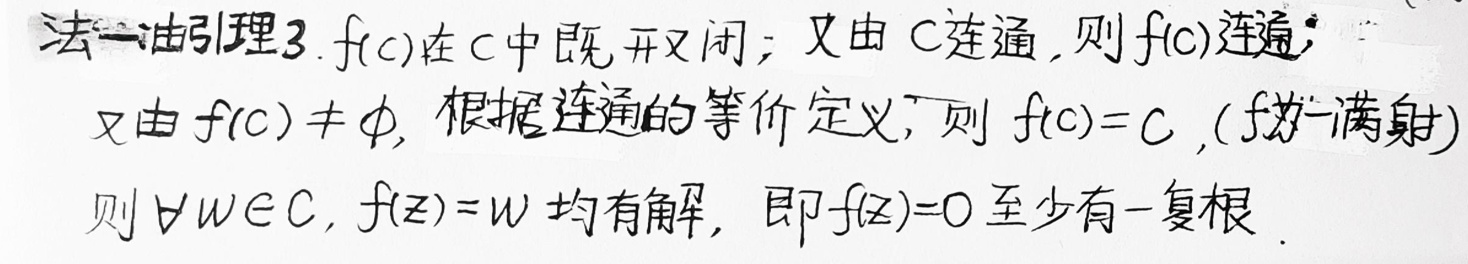
法一：由引理3. $f(\mathbb{C})$在$\mathbb{C}$中既开又闭；又由$\mathbb{C}$连通，则$f(\mathbb{C})$连通；
又由$f(\mathbb{C})\neq\varnothing$，根据连通的等价定义，则$f(\mathbb{C})=\mathbb{C}$，（$f$为满射）
则$\forall w\in\mathbb{C}$，$f(z)=w$均有解，即$f(z)=0$至少有一复根.